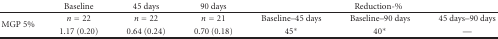
<table><thead><tr><td></td><td><b>Baseline</b></td><td><b>45 days</b></td><td><b>90 days</b></td><td colspan="3"><b>Reduction-%</b></td></tr></thead><tbody><tr><td rowspan="2">MGP 5%</td><td><i>n</i> = 22</td><td><i>n</i> = 22</td><td><i>n</i> = 21</td><td>Baseline–45 days</td><td> Baseline–90 days</td><td>45 days–90 days</td></tr><tr><td>1.17 (0.20)</td><td>0.64 (0.24)</td><td>0.70 (0.18)</td><td>45*</td><td>40*</td><td>—</td></tr></tbody></table>